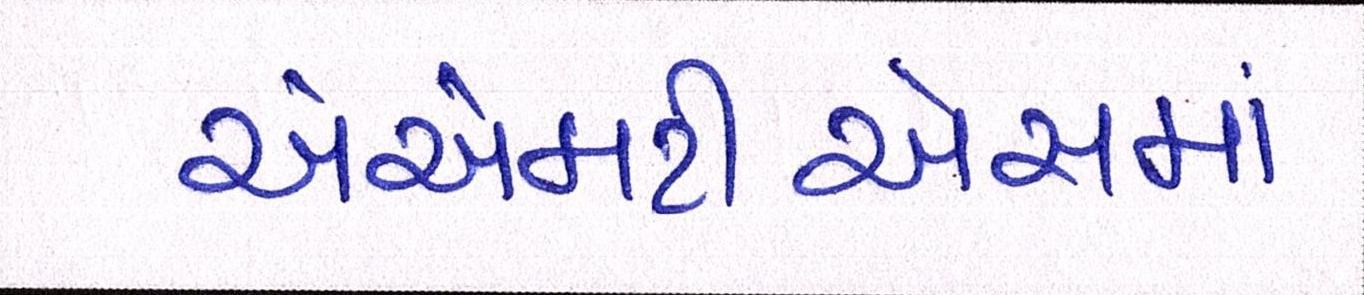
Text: એએમટીએસમાં